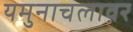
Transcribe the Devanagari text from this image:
यमुनाचलावर